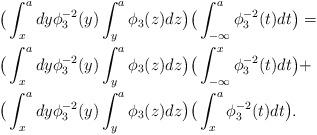
LaTeX: \begin{align*}\begin{aligned}&\big(\int_x^a dy\phi_3^{-2}(y)\int_y^a\phi_3(z)dz\big)\big(\int_{-\infty}^a\phi_3^{-2}(t)dt\big)=\\&\big(\int_x^a dy\phi_3^{-2}(y)\int_y^a\phi_3(z)dz\big)\big(\int_{-\infty}^x\phi_3^{-2}(t)dt\big)+\\&\big(\int_x^a dy\phi_3^{-2}(y)\int_y^a\phi_3(z)dz\big)\big(\int_x^a\phi_3^{-2}(t)dt\big).\end{aligned}\end{align*}